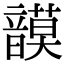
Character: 𩐻